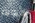
الأبوية